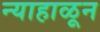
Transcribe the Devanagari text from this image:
न्याहाळून